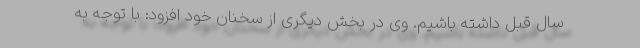
سال قبل داشته باشیم. وی در بخش دیگری از سخنان خود افزود: با توجه به